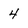
Character: 4